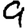
Digit: 9